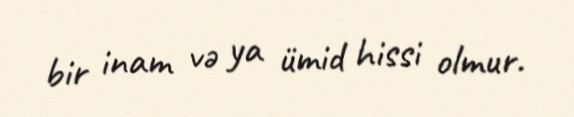
bir inam və ya ümid hissi olmur.